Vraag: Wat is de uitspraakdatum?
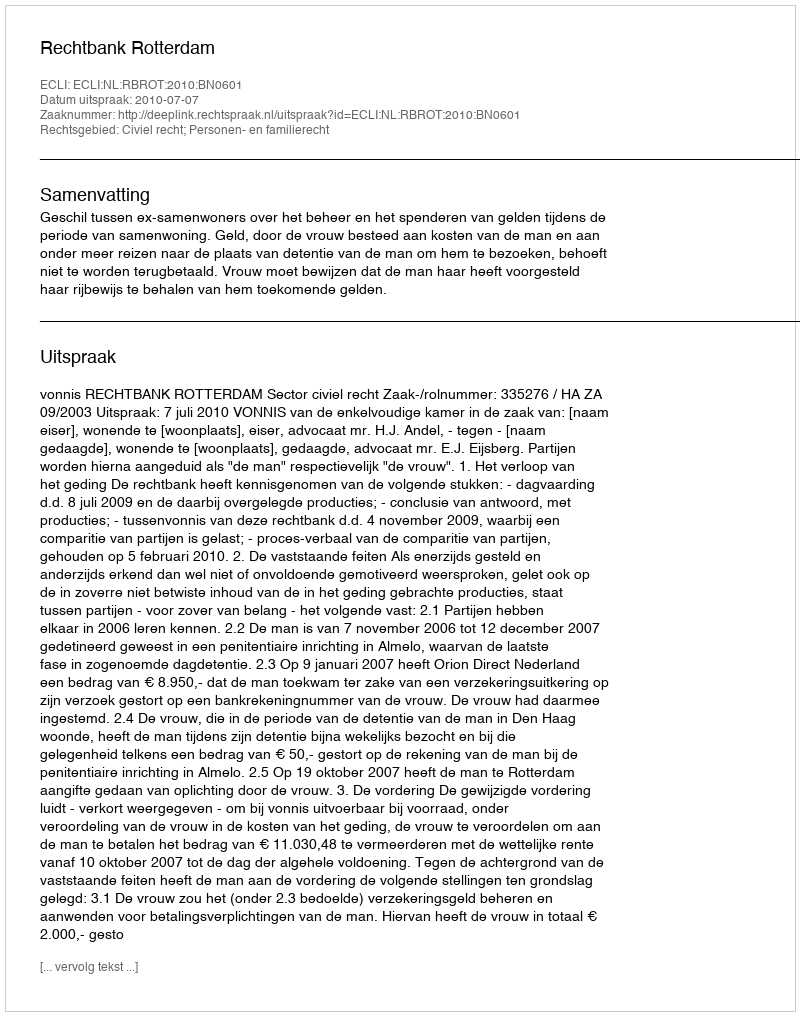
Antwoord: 2010-07-07